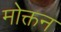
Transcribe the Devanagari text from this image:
मोक्तन